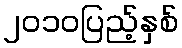
၂၀၁၀ပြည့်နှစ်